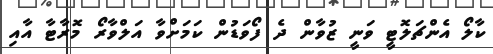
ކާލޯ އެންޗަލޮޓީ ވަނީ ޒުވާން ދެ ފޯވަޑުން ކަމަށްވާ އަލްވާރޯ މޮރާޓާ އާއި